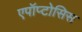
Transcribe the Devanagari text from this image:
एपॉप्टोसिस